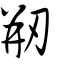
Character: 剏